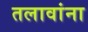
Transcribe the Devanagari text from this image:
तलावांना